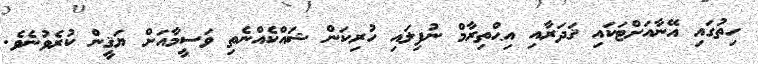
ހިތުގައިި އޭނާއަށްޓަކައި ޤަދަރާާއި އިޙްތިރާމް ނުފިލައި ހުރިކަން ޝައްކެއްނެތި ވަސީމާއަށް ޔަޤީން ކުރެވުނެވެ.